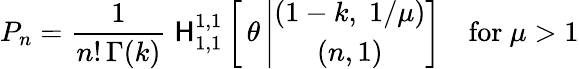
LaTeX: P_{n}=\frac{1}{n!\, \Gamma(k)}\; {\sf H}_{1,1}^{1,1}\left[\, \theta\left|\begin{array}{c}{{(1-k,\; 1/\mu)}}\\ {{(n,1)}}\end{array}\right]\right.\quad\mathrm{for~}\mu>1